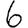
Digit: 6